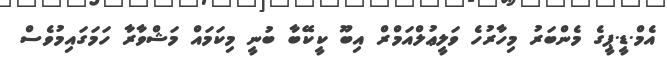
އެމް.ޑީ.ޕީގެ މެންބަރު މިހާރުހެ ވަލީޢުލްއަމްރް އިބޫ ކީކޭބާ ބުނީ މިކަމައް މަޝްވާރާ ހަމަގައިމުވެސް